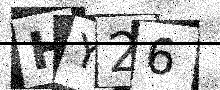
Text: HY26